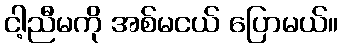
ငါ့ညီမကို အစ်မငယ် ပြောမယ်။